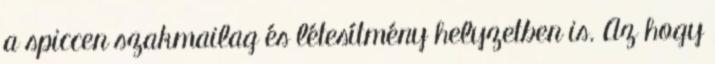
a spiccen szakmailag és létesítmény helyzetben is. Az hogy